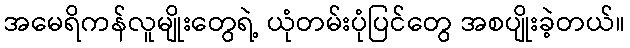
အမေရိကန်လူမျိုးတွေရဲ့ ယုံတမ်းပုံပြင်တွေ အစပျိုးခဲ့တယ်။